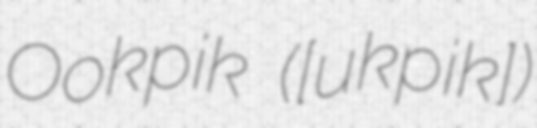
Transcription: Ookpik ([ukˈpik])